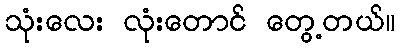
သုံးလေး လုံးတောင် တွေ့တယ်။